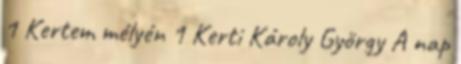
1 Kertem mélyén 1 Kerti Károly György A nap